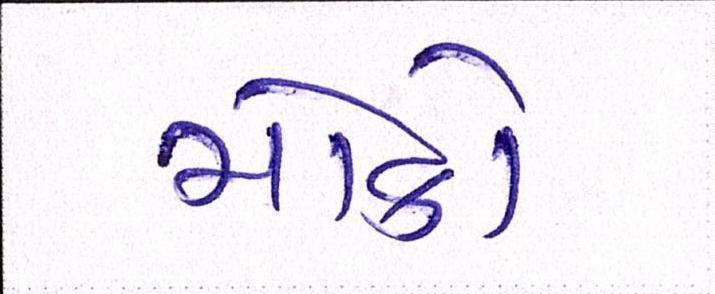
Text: મોકો